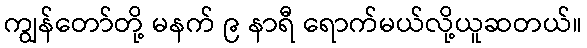
ကျွန်တော်တို့ မနက် ၉ နာရီ ရောက်မယ်လို့ယူဆတယ်။